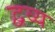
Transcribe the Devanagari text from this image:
द्वव्य